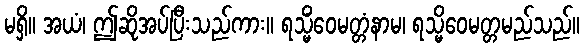
မရှိ။ အယံ၊ ဤဆိုအပ်ပြီးသည်ကား။ ရသ္မိံဝေမတ္တံနာမ၊ ရသ္မိဝေမတ္တမည်သည်။